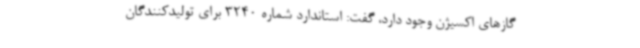
گازهای اکسیژن وجود دارد، گفت: استاندارد شماره 3240 برای تولیدکنندگان